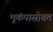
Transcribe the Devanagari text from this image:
भूकंपासोबत